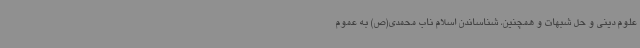
علوم دینی و حل شبهات و همچنین، شناساندن اسلام ناب محمدی(ص) به عموم